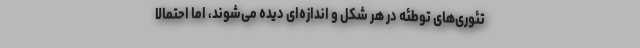
تئوری‌های توطئه در هر شکل و اندازه‌ای دیده می‌شوند، اما احتمالاً